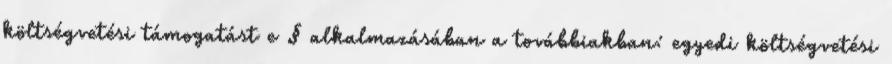
költségvetési támogatást e § alkalmazásában a továbbiakban: egyedi költségvetési